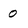
Character: 0